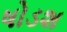
ષોડશ